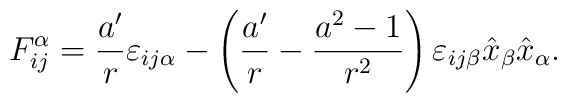
F^{\alpha}_{ij}=\frac{a'}{r} \varepsilon_{ij\alpha} -\left (\frac{a'}{r} -\frac{a^2 -1}{r^2} \right) \varepsilon_{ij\beta} \hat x_{\beta} \hat x_{\alpha}.